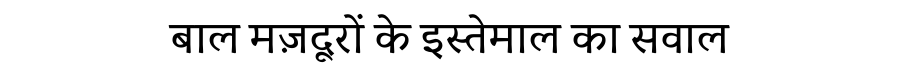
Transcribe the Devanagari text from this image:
बाल मज़दूरों के इस्तेमाल का सवाल